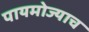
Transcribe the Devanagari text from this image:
पायमोज्याच